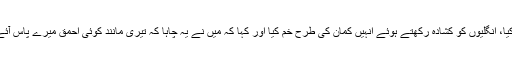
انہوں نے اپنے ہاتھ سے میرے سینے پر اس طرح سے اشارہ کیا، انگلیوں کو کشادہ رکھتے ہوئے انہیں کمان کی طرح خم کیا اور کہا کہ میں نے یہ چاہا کہ تیری مانند کوئی احمق میرے پاس آئے ، پھر وہ مجھے دیکھے جو میں کرتا ہوں اور ویسا ہی کرے۔